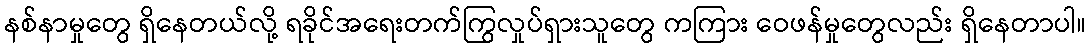
နစ်နာမှုတွေ ရှိနေတယ်လို့ ရခိုင်အရေးတက်ကြွလှုပ်ရှားသူတွေ ကကြား ဝေဖန်မှုတွေလည်း ရှိနေတာပါ။